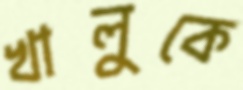
খালুকে